Vaccination in Bombay 1863-1868 - 1863-1868
Year: 1863
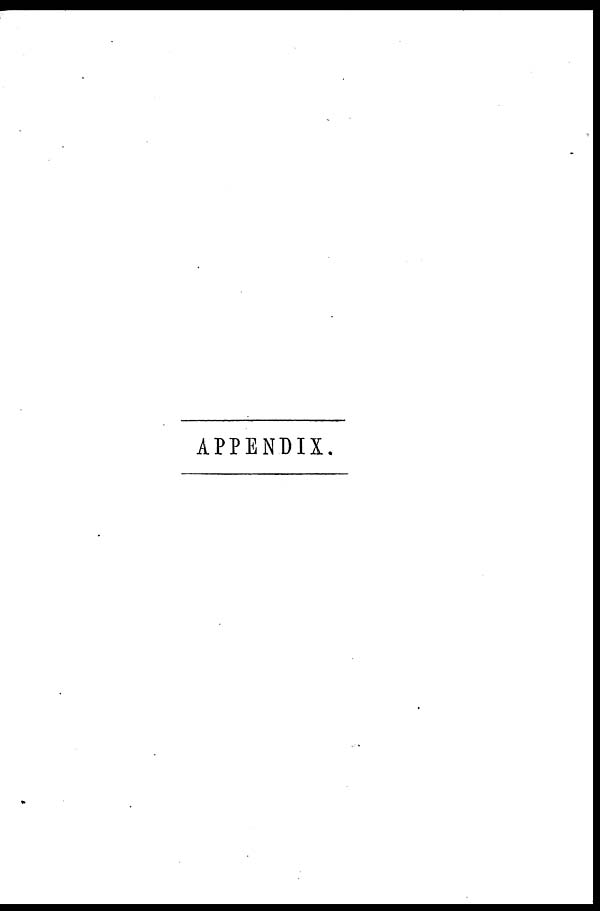
APPENDIX.